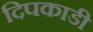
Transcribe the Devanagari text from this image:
दिपकाडी